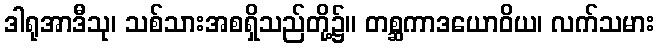
ဒါရုအာဒီသု၊ သစ်သားအစရှိသည်တို့၌။ တစ္ဆကာဒယောဝိယ၊ လက်သမား